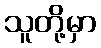
သူတို့မှာ